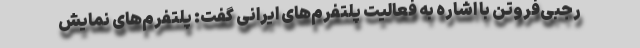
رجبی‌فروتن با اشاره به فعالیت پلتفرم‌های ایرانی گفت: پلتفرم‌های نمایش